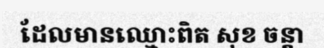
ដែលមានឈ្មោះពិត សុខ ចន្តា